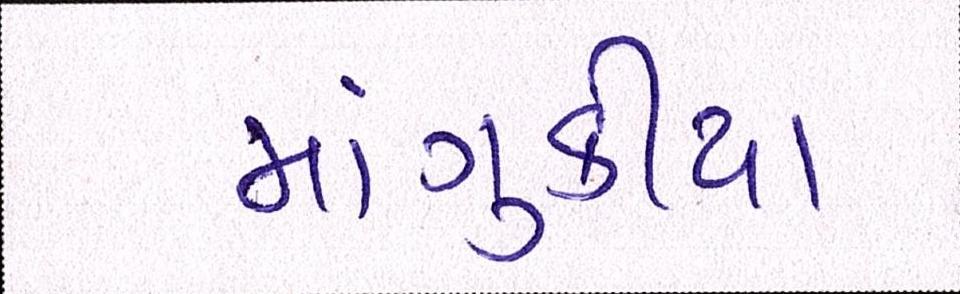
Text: માંગુકીયા